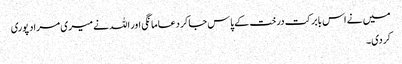
میں نے اس بابرکت درخت کے پاس جاکر دعا مانگی اور اللہ نے میری مراد پوری
کردی۔